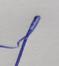
Signature authenticity: genuine